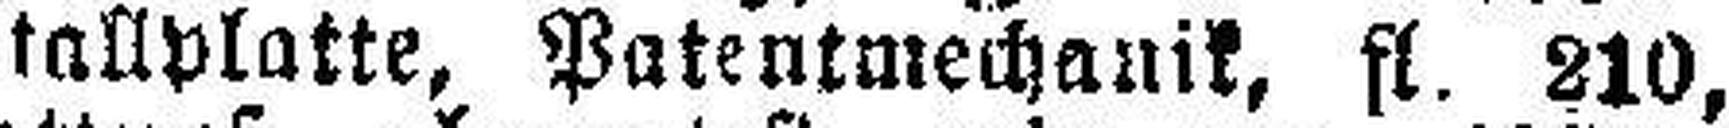
tallplatte, Patentmechanik, fl. 210,